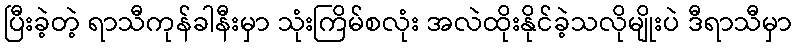
ပြီးခဲ့တဲ့ ရာသီကုန်ခါနီးမှာ သုံးကြိမ်စလုံး အလဲထိုးနိုင်ခဲ့သလိုမျိုးပဲ ဒီရာသီမှာ